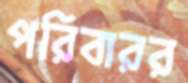
পরিবারর